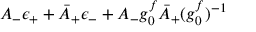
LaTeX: A _ { - } \epsilon _ { + } + \bar { A } _ { + } \epsilon _ { - } + A _ { - } g _ { 0 } ^ { f } \bar { A } _ { + } ( { g _ { 0 } ^ { f } } ) ^ { - 1 }